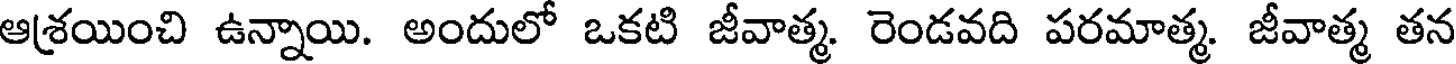
ఆశ్రయించి ఉన్నాయి. అందులో ఒకటి జీవాత్మ. రెండవది పరమాత్మ. జీవాత్మ తన